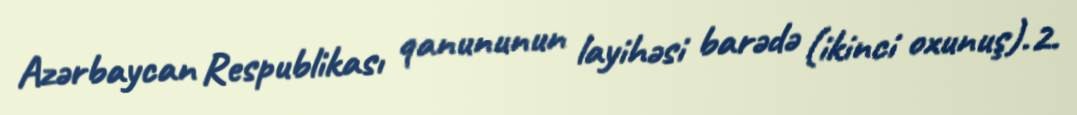
Azərbaycan Respublikası qanununun layihəsi barədə (ikinci oxunuş).2.